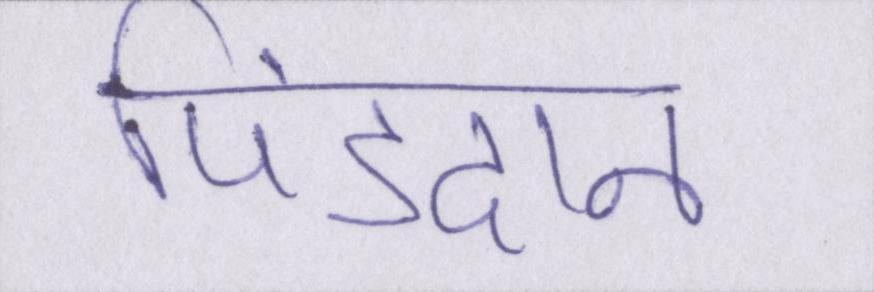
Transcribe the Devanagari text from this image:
पिंडदान